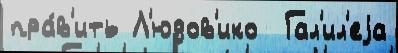
пра́в'ить Л'юдов'ико  Гал'ил'еjа